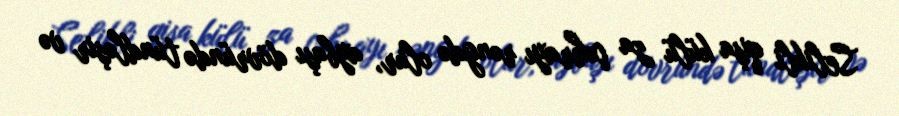
Selikli qişa külü za çəhrayı rəngdə olur, aybaşı dövründə tündləşir və